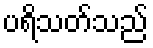
ပရိသတ်သည်